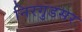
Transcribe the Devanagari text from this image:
निरगुडसर